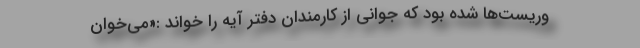
وریست‌ها شده بود که جوانی از کارمندان دفتر آیه را خواند :«می‌خوان